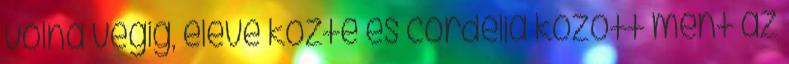
volna végig, eleve közte és cordelia között ment az